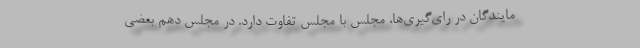
مایندگان در رای‌گیری‌ها، مجلس با مجلس تفاوت دارد. در مجلس دهم بعضی